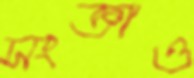
সংজ্ঞাও